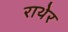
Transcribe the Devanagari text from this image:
राथेर